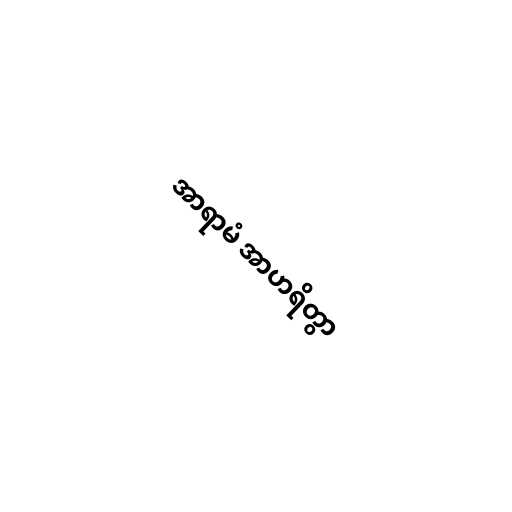
အာရာမံ အာဟရိတွာ